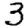
Digit: 3